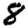
Digit: 8